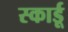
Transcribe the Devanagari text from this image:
स्कार्डू